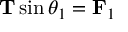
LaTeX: \mathbf { T } \sin \theta _ { 1 } = \mathbf { F } _ { 1 }